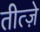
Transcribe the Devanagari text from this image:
तीत्ज़े